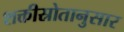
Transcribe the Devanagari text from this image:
शक्तीस्रोतानुसार